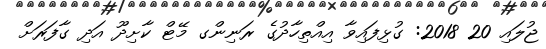
ޖުލައި 20 2018: ގުޅިފައިވާ އިއްތިހާދުގެ ރަނިންގ މޭޓް ކާށިދޫ އަދި ގާފަރަށް